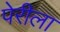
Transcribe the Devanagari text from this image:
पेरीला